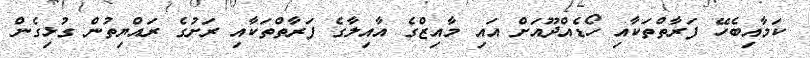
ކަމާއިބެހޭ ފަރާތްތަކާއި ހޯޑެއްދޫއަށް އައި މާއިޒްގެ އާއިލާގެ ފަރާތްތަކާއި ރަށުގެ ރައްޔިތުން ގުޅިގެން